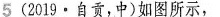
5(2019\cdot 自贡，中)如图所示，